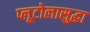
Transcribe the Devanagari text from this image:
प्लूटोलासुद्धा